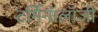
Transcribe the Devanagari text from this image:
टर्मिनॉलॉजी